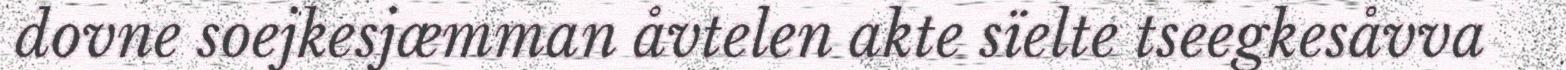
dovne soejkesjæmman åvtelen akte sïelte tseegkesåvva